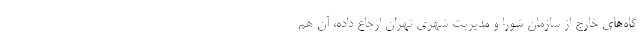
گاه‌هاي خارج از سازمان شورا و مديريت شهري تهران ارجاع داده، آن هم